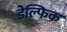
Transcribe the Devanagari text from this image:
डेल्फिक